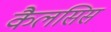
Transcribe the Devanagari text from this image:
कैलसिस